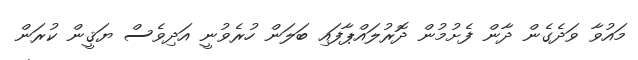
މައުވާ ވަދެގެން ދާން ފެށުމުން ދޮރުލައްޕާފައި ބަލަން ހުރެވުނީ އަދިވެސް ޔަޤީން ކުރަން